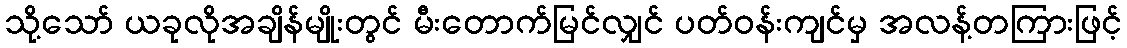
သို့သော် ယခုလိုအချိန်မျိုးတွင် မီးတောက်မြင်လျှင် ပတ်ဝန်းကျင်မှ အလန့်တကြားဖြင့်